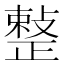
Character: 𢿫